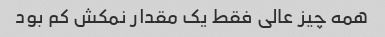
همه چیز عالی فقط یک مقدار نمکش کم بود